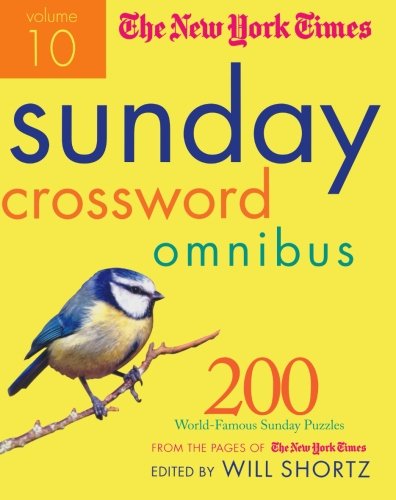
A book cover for The New York Times Sunday Crossword Omnibus Volume 10: 200 World-Famous Sunday Puzzles from the Pages of The New York Times (New York Times Sunday Crosswords Omnibus); The New York Times; Humor & Entertainment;